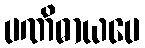
ပဏိဓာယပေ